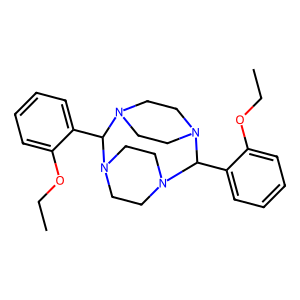
SMILES: CCOc1ccccc1C1N2CCN(CC2)C(c2ccccc2OCC)N2CCN1CC2
Inhibits HIV replication: No